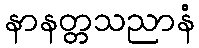
နာနတ္တသညာနံ